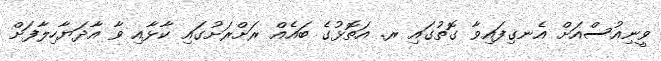
ވީނިއުސްއަށް އެނގިފައިވާ ގޮތުގައި ރ. އަތޮޅުގެ ބައެއް ރަށްރަށުގައި ކާޅާއި ވާ އާދަޔާހިލާފަށް